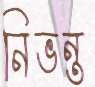
নিভন্ত